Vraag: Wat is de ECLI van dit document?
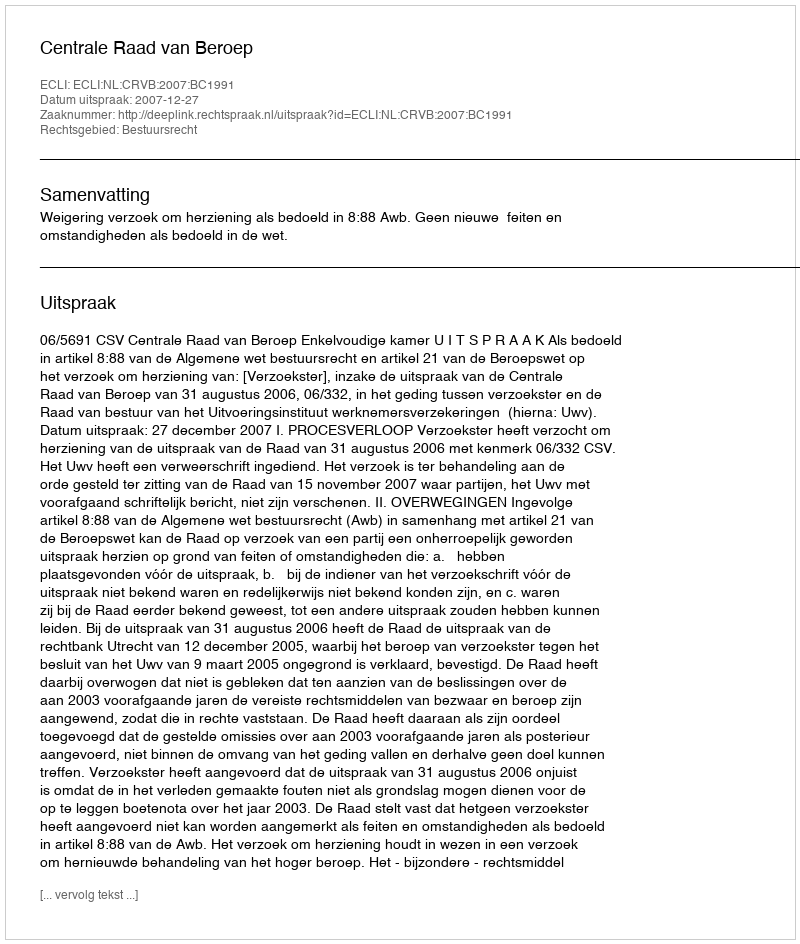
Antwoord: ECLI:NL:CRVB:2007:BC1991